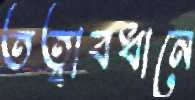
তত্বাবধানে